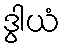
ဒွါယံ